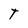
Character: T